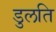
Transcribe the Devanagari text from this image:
डुलति